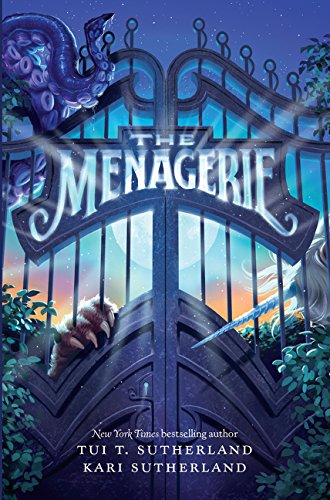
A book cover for The Menagerie; Tui T. Sutherland; Children's Books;